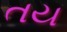
તય